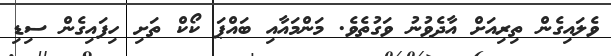
ވެލައިގެން ތިރިއަށް އާދެވުނު ވަގުތެވެ. މަންމައާއި ބައްޕަ ކޯކް ތަށި ހިފައިގެން ސިޑި